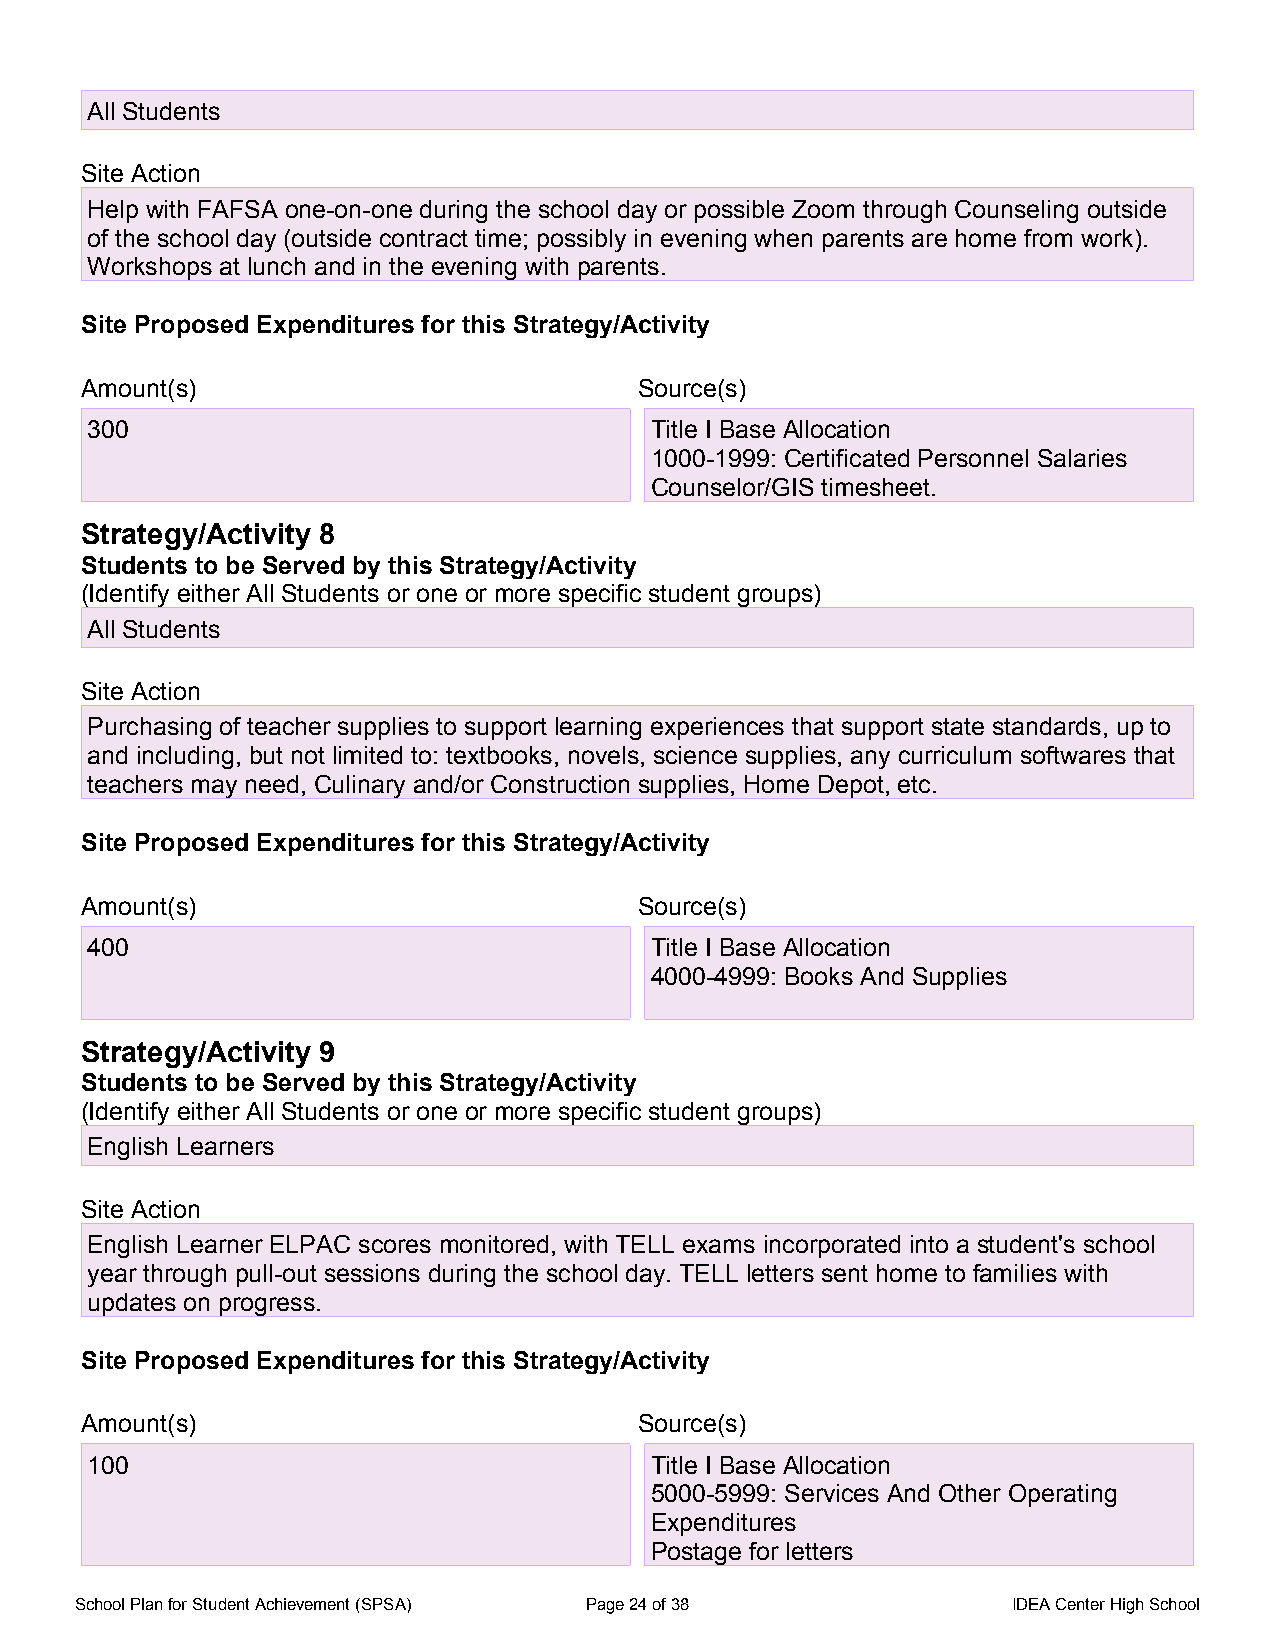
All Students
 Site Action
 Help with FAFSA one-on-one during the school day or possible Zoom through Counseling outside
 of the school day (outside contract time; possibly in evening when parents are home from work).
 Workshops at lunch and in the evening with parents.
 Site Proposed Expenditures for this Strategy/Activity
 Amount(s)                            Source(s)
 300                                  Title I Base Allocation
 1000-1999: Certificated Personnel Salaries
 Counselor/GIS timesheet.
 Strategy/Activity 8
 Students to be Served by this Strategy/Activity
 (Identify either All Students or one or more specific student groups)
 All Students
 Site Action
 Purchasing of teacher supplies to support learning experiences that support state standards, up to
 and including, but not limited to: textbooks, novels, science supplies, any curriculum softwares that
 teachers may need, Culinary and/or Construction supplies, Home Depot, etc.
 Site Proposed Expenditures for this Strategy/Activity
 Amount(s)                            Source(s)
 400                                  Title I Base Allocation
 4000-4999: Books And Supplies
 Strategy/Activity 9
 Students to be Served by this Strategy/Activity
 (Identify either All Students or one or more specific student groups)
 English Learners
 Site Action
 English Learner ELPAC scores monitored, with TELL exams incorporated into a student's school
 year through pull-out sessions during the school day. TELL letters sent home to families with
 updates on progress.
 Site Proposed Expenditures for this Strategy/Activity
 Amount(s)                            Source(s)
 100                                  Title I Base Allocation
 5000-5999: Services And Other Operating
 Expenditures
 Postage for letters
 School Plan for Student Achievement (SPSA) Page 24 of 38      IDEA Center High School